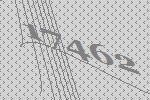
17462